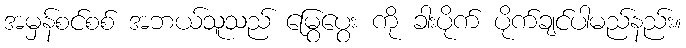
အမှန်စင်စစ် အဘယ်သူသည် မြွေပွေး ကို ခါးပိုက် ပိုက်ချင်ပါမည်နည်း။